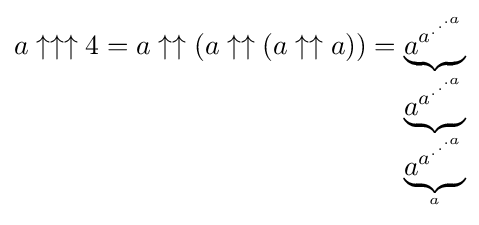
a\uparrow \uparrow \uparrow 4=a\uparrow \uparrow (a\uparrow \uparrow (a\uparrow \uparrow a))=\underbrace {a^{a^{.^{.^{.{a}}}}}} _{\underbrace {a^{a^{.^{.^{.{a}}}}}} _{\underbrace {a^{a^{.^{.^{.{a}}}}}} _{a}}}